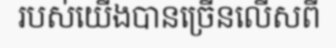
របស់យើងបានច្រើនលើសពី